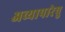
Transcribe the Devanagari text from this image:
अव्यापारेषु